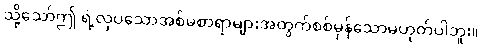
သို့သော်ဤ ရဲ့လှပသောအစ်မစာရာများအတွက်စစ်မှန်သောမဟုတ်ပါဘူး။